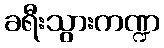
ခရီးသွားကဏ္ဍ